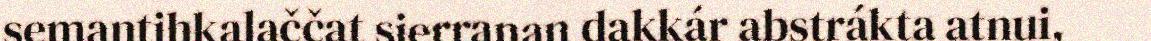
semantihkalaččat sierranan dakkár abstrákta atnui,